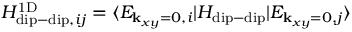
H _ { \mathrm { d i p - d i p } , i j } ^ { \mathrm { 1 D } } = \langle E _ { { \bf k } _ { x y } = 0 , i } | H _ { \mathrm { d i p - d i p } } | E _ { { \bf k } _ { x y } = 0 , j } \rangle